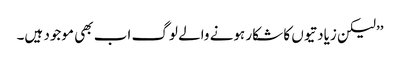
’’لیکن زیادتیوں کا شکار ہونے والے لوگ اب بھی موجود ہیں۔